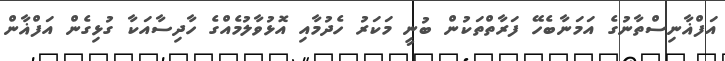
އަފްޣާނިސްތާނުގެ އަމަނާބެހޭ ފަރާތްތަކުން ބުނީ މަކަރު ހެދުމާއި އޮޅުވާލުމެއްގެ ހާދިސާއަކާ ގުޅިގެން އަފްޣާން